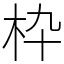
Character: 枠